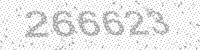
Solution: 266623